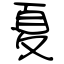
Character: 夏